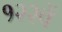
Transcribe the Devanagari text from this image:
१२२वें